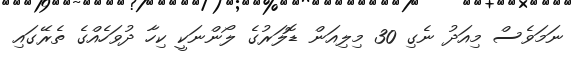
ނަމަވެސް މިއަދު ނެގި 30 މިލިއަން ޑޮލަރުގެ ލޯންނަކީ ކިހާ ދުވަހެއްގެ ތެރޭގައި